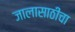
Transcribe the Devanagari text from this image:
जालासाठीचा